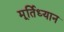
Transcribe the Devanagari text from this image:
मूर्तिध्यान